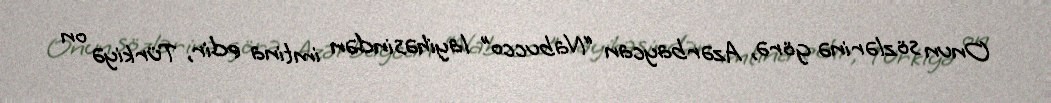
Onun sözlərinə görə, Azərbaycan “Nabucco” layihəsindən imtina edir, Türkiyə on